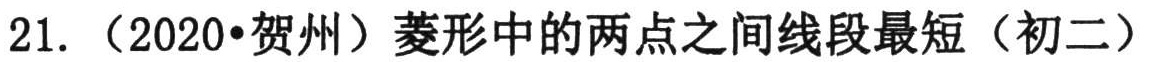
21. （2020•贺州）菱形中的两点之间线段最短（初二）